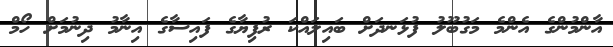
އާންމުންގެ އެންމެ މަގުބޫލު ފުޅަނދަށް ބައިލައްކަ ރުފިޔާގެ ފައިސާގެ އިނާމު ދިނުމަށް ހޯމް